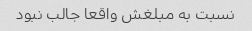
نسبت به مبلغش واقعا جالب نبود